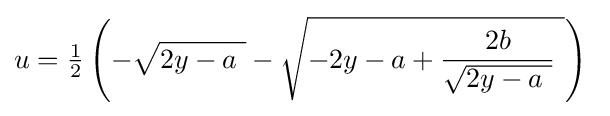
u={\tfrac {1}{2}}\left(-{\sqrt {2y-a\ }}-{\sqrt {-2y-a+{\frac {2b}{\sqrt {2y-a\ }}}\ }}\right)\